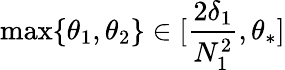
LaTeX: \operatorname*{max}\{ \theta_{1},\theta_{2}\} \in[\frac{2\delta_{1}}{N_{1}^{2}},\theta_{*}]